NAE_ERA_R-1765_ENSV_Kirjanike_Liit_1945-1955, lk 34
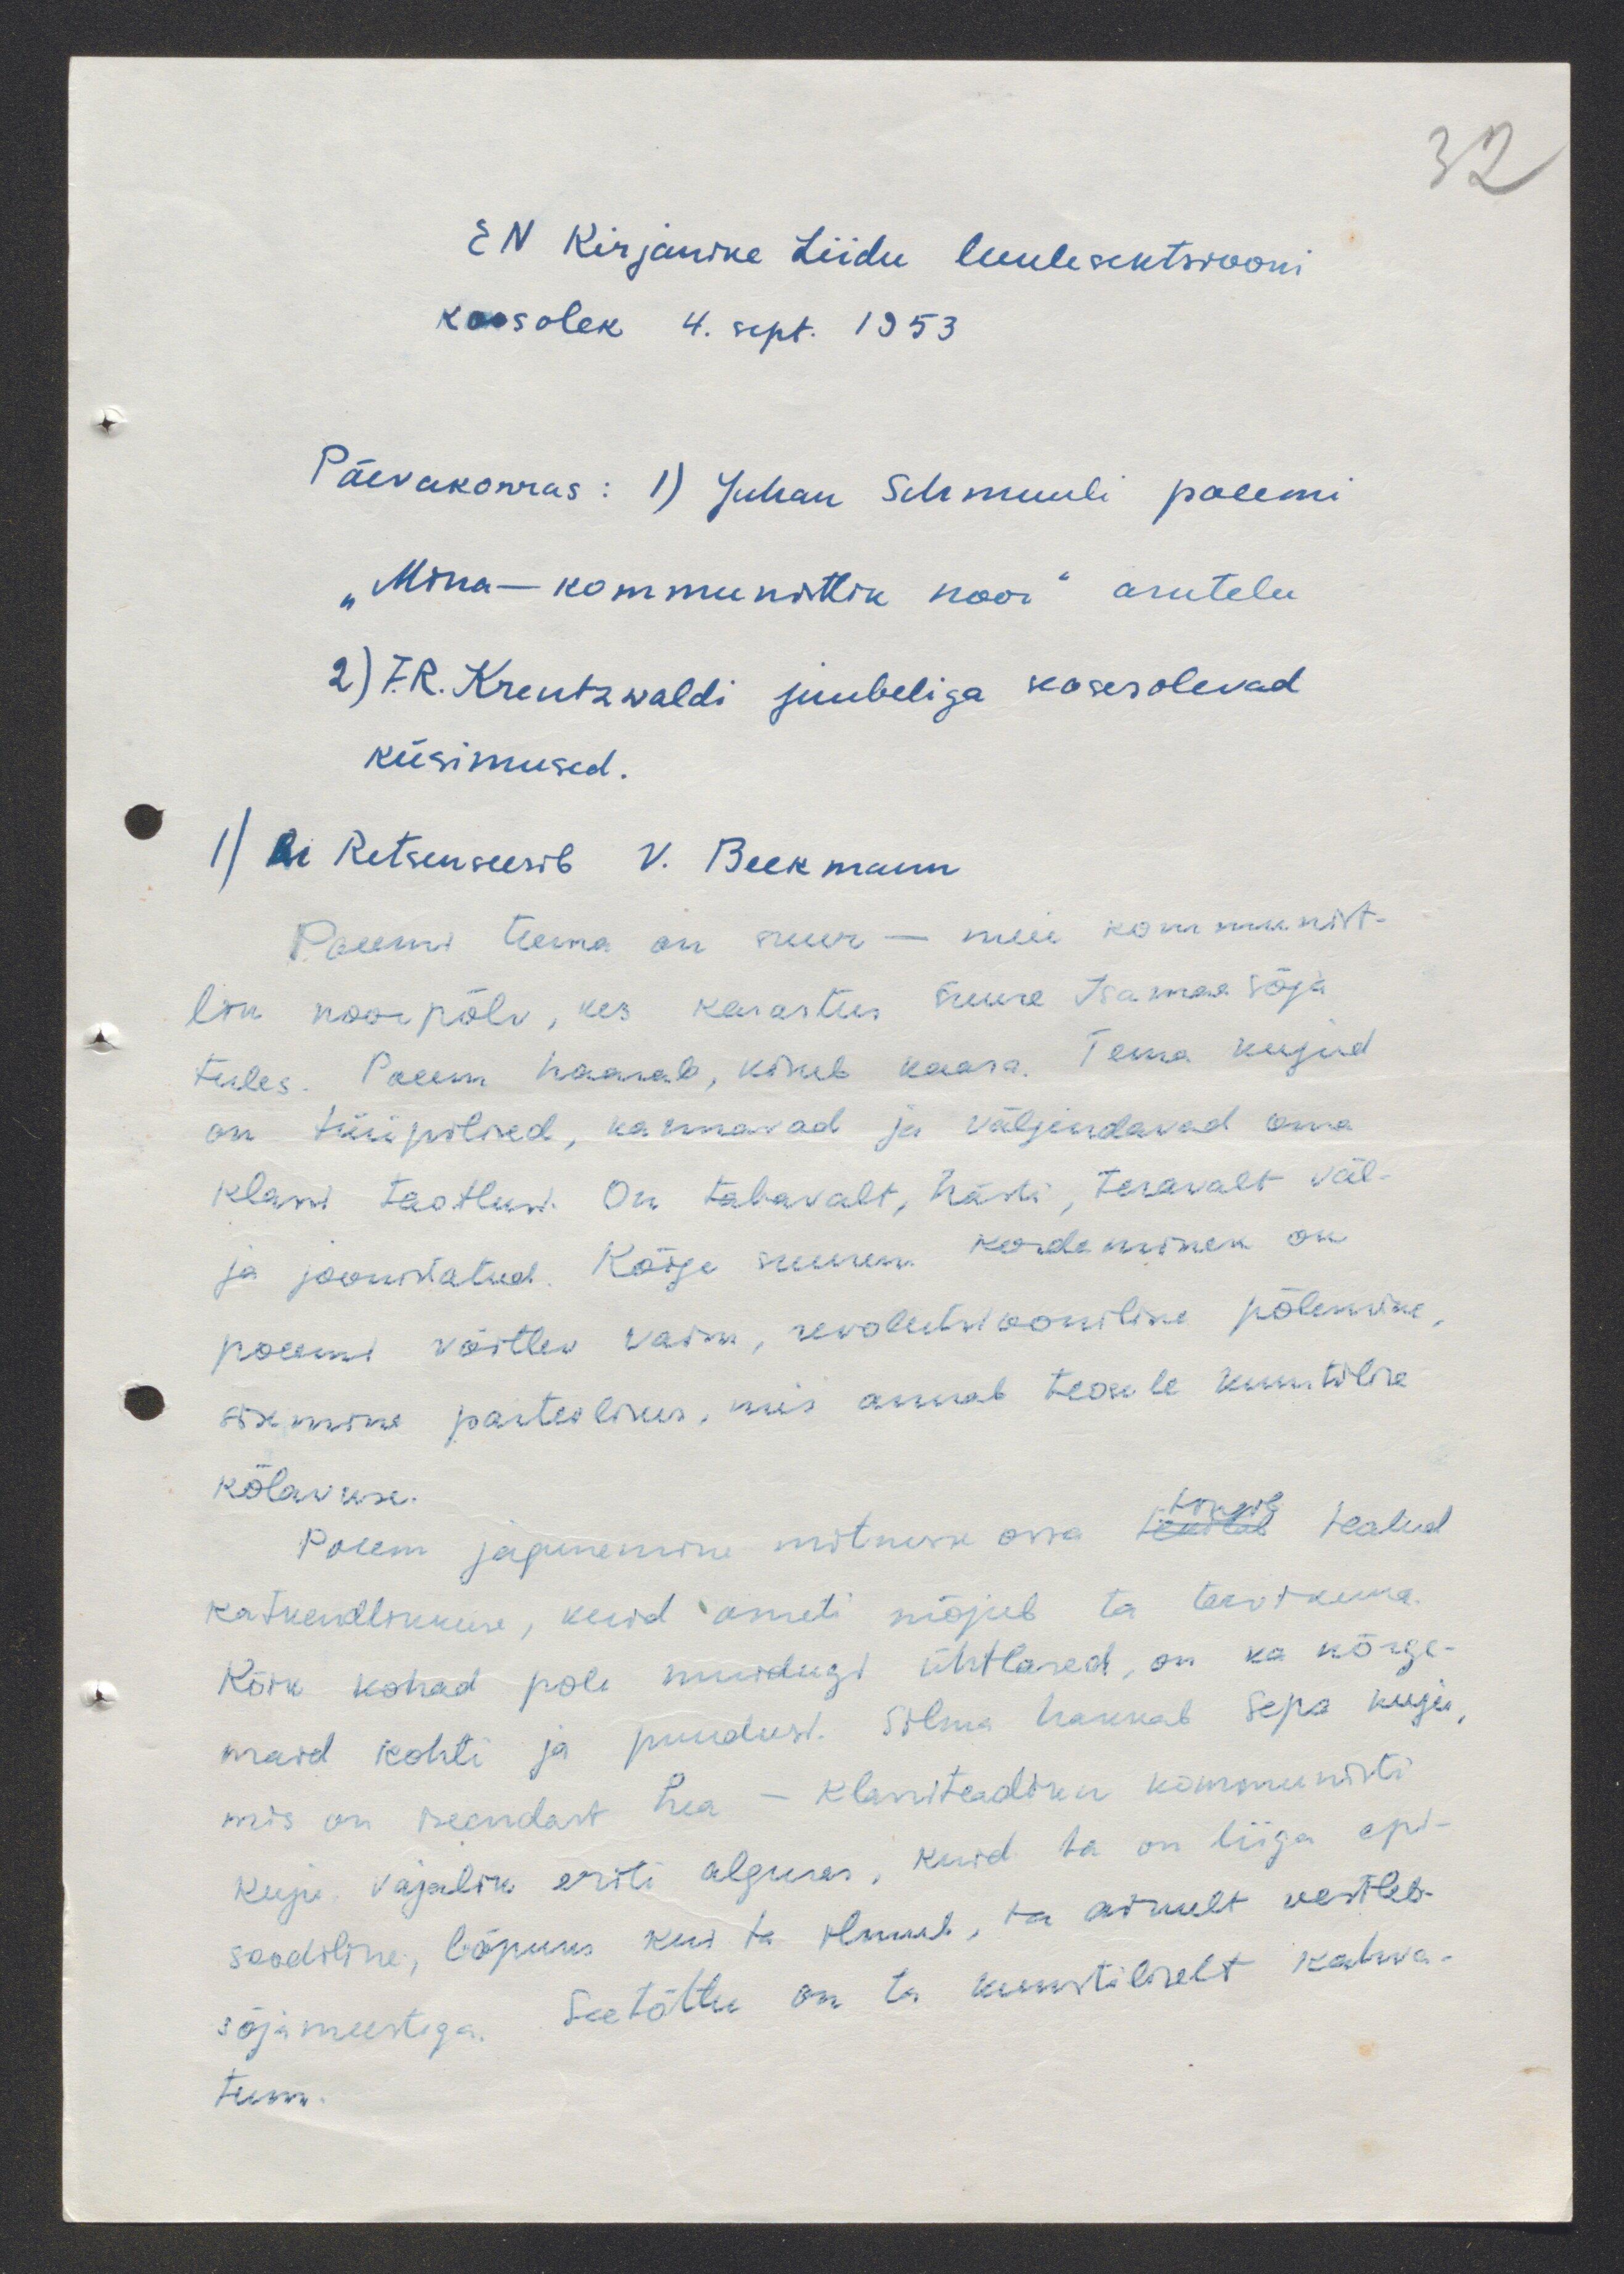
EN  Kirjanike Liidu luulesektsiooni
koosolek 4. sept. 1953
Päevakorras: 1) Juhan Schmuuli poeemi
"Mina - kommunistlik noor" arutelu
2) F.R. Kreutzwaldi juubeliga kaesolevad
küsimused.
1) Ai Retsenseerib V. Beekmann
Poeemi teema on suur - meie kommunist-
lik noorpõlv, kes karastus suure Isamaa sõja
tules. Poeem haarab, kisub kaara. Tema kujud
on tüüpilised, kannavad ja väljendavad oma
klassi taotlusi. On tabavalt, hästi, teravalt väl-
ja joonistatud. Kõige suurem kordaminek on
poeemi võitlev vorm, revolutsiooniline põlemine
sisemine parteilisus, mis annab teosele kuni wene
kõlaviisi.
Poeem jagunemine mitmesse ossa teatud teatud
katkendliukuse, kuid samuti mõjub ta tervikuna
Kõik kohad pole muidugi ühtlased, on ka kõrge
maid kohti ja puudust. Silma hakkab sepa kuju,
mis on iseendast hea - klassiteadliku kommunisti
kuju vajalik erriti alguses, kuid ta on liiga epi-
soodiline, lõpuks kus ta olnud, ta ainult vestleb
sõjameestega. Seetõttu on ta kunstilselt kahva-
tum